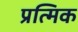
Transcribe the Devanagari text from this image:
प्रत्मिक